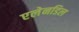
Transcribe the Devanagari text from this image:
एलेनडिल